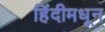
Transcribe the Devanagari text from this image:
हिंदीमधून